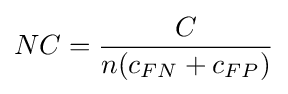
NC={\frac {C}{n(c_{FN}+c_{FP})}}